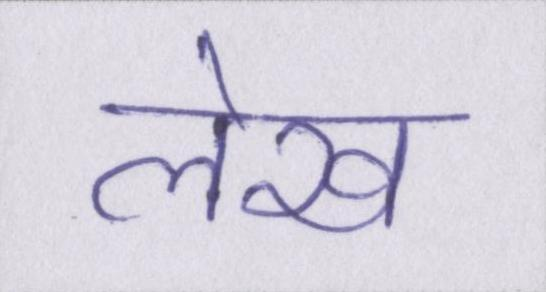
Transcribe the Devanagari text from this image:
लेख